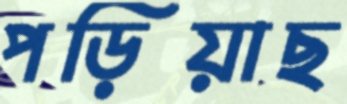
পড়িয়াছ